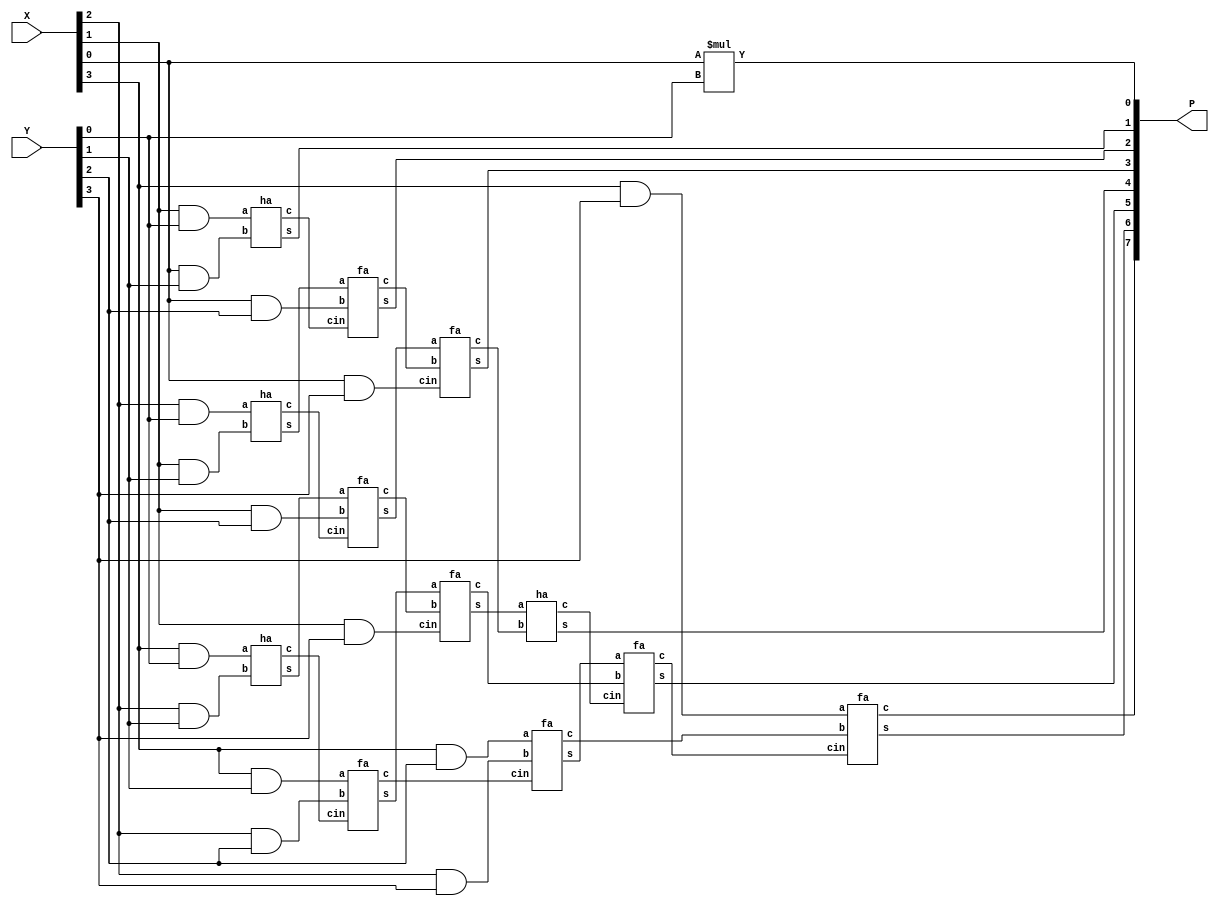
module q1_multiplier (P,X,Y);
    parameter N = 4;
    input [N-1:0] X,Y;
    output[7:0]P;

    wire c1,c2,c3,c4,c5,c6,c7,c8,c9,c10,c11,s1,s2,s3,s4,s5,s6;
    assign P[0] = X[0] * Y[0];  	    //Product bit 0
    ha ha1(P[1],c1,X[1]&Y[0],X[0]&Y[1]);    //Product bit 1
    
    ha ha2(s1,c2,X[2]&Y[0],X[1]&Y[1]);      //Calculates partial sum and carry in column 3
    fa fa1(P[2],c3,s1,X[0]&Y[2],c1);        //Product bit 2
    
    ha ha3(s2,c4,X[3]&Y[0],X[2]&Y[1]);      //Calculates partial sum and carry in column 4
    fa fa2(s3,c5,s2,X[1]&Y[2],c2);          //Calculates partial sum and carry in column 4
    fa fa3(P[3],c6,s3,c3,X[0]&Y[3]);        //Product bit 3
    
    fa fa4(s4,c7,X[3]&Y[1],X[2]&Y[2],c4);   //Calculates partial sum and carry in column 5
    fa fa5(s5,c8,s4,c5,X[1]&Y[3]);	    //Calculates partial sum and carry in column 5
    ha ha4(P[4],c9,s5,c6);		    //Product bit 4

    fa fa6(s6,c10,X[3]&Y[2],X[2]&Y[3],c7);  //Calculates partial sum and carry in column 6
    fa fa7(P[5],c11,s6,c8,c9);		    //Product bit 5

    fa fa8(P[6],P[7],X[3]&Y[3],c10,c11);    //Product bit 6 and carry is product bit 7
endmodule

module ha(s,c,a,b);
    input a,b;
    output s,c;
    
    assign s = a ^ b;
    assign c = a*b;
endmodule

module fa(s,c,a,b,cin);
    input a,b,cin;
    output s,c;
    
    assign s = a ^ b ^ cin;
    assign c = a*b | a*cin | b*cin;
    
endmodule